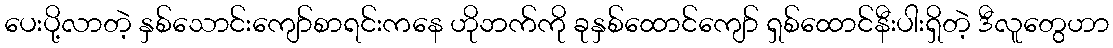
ပေးပို့လာတဲ့ နှစ်သောင်းကျော်စာရင်းကနေ ဟိုဘက်ကို ခုနှစ်ထောင်ကျော် ရှစ်ထောင်နီးပါးရှိတဲ့ ဒီလူတွေဟာ